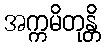
အက္ကမိတုန္တိ